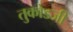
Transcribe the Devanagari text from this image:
तुकोडजी